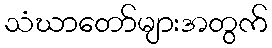
သံဃာတော်များအတွက်